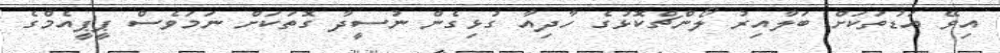
އިވޭ އަޑުތަކަށް ބަލާއިރު ލޯންޗްކޮޅުގެ ހާދިއާ ގުޅިގެން ނުސީދާ ގޮތަކަށް ނަމަވެސް ޕީޕީއެމްގެ